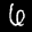
Label: 6